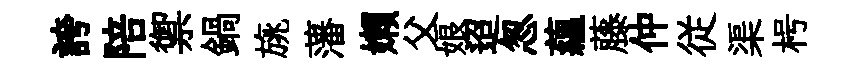
誇陪禦鍋旐藩嬾父娘迢怱蘊藤仲従渠枵